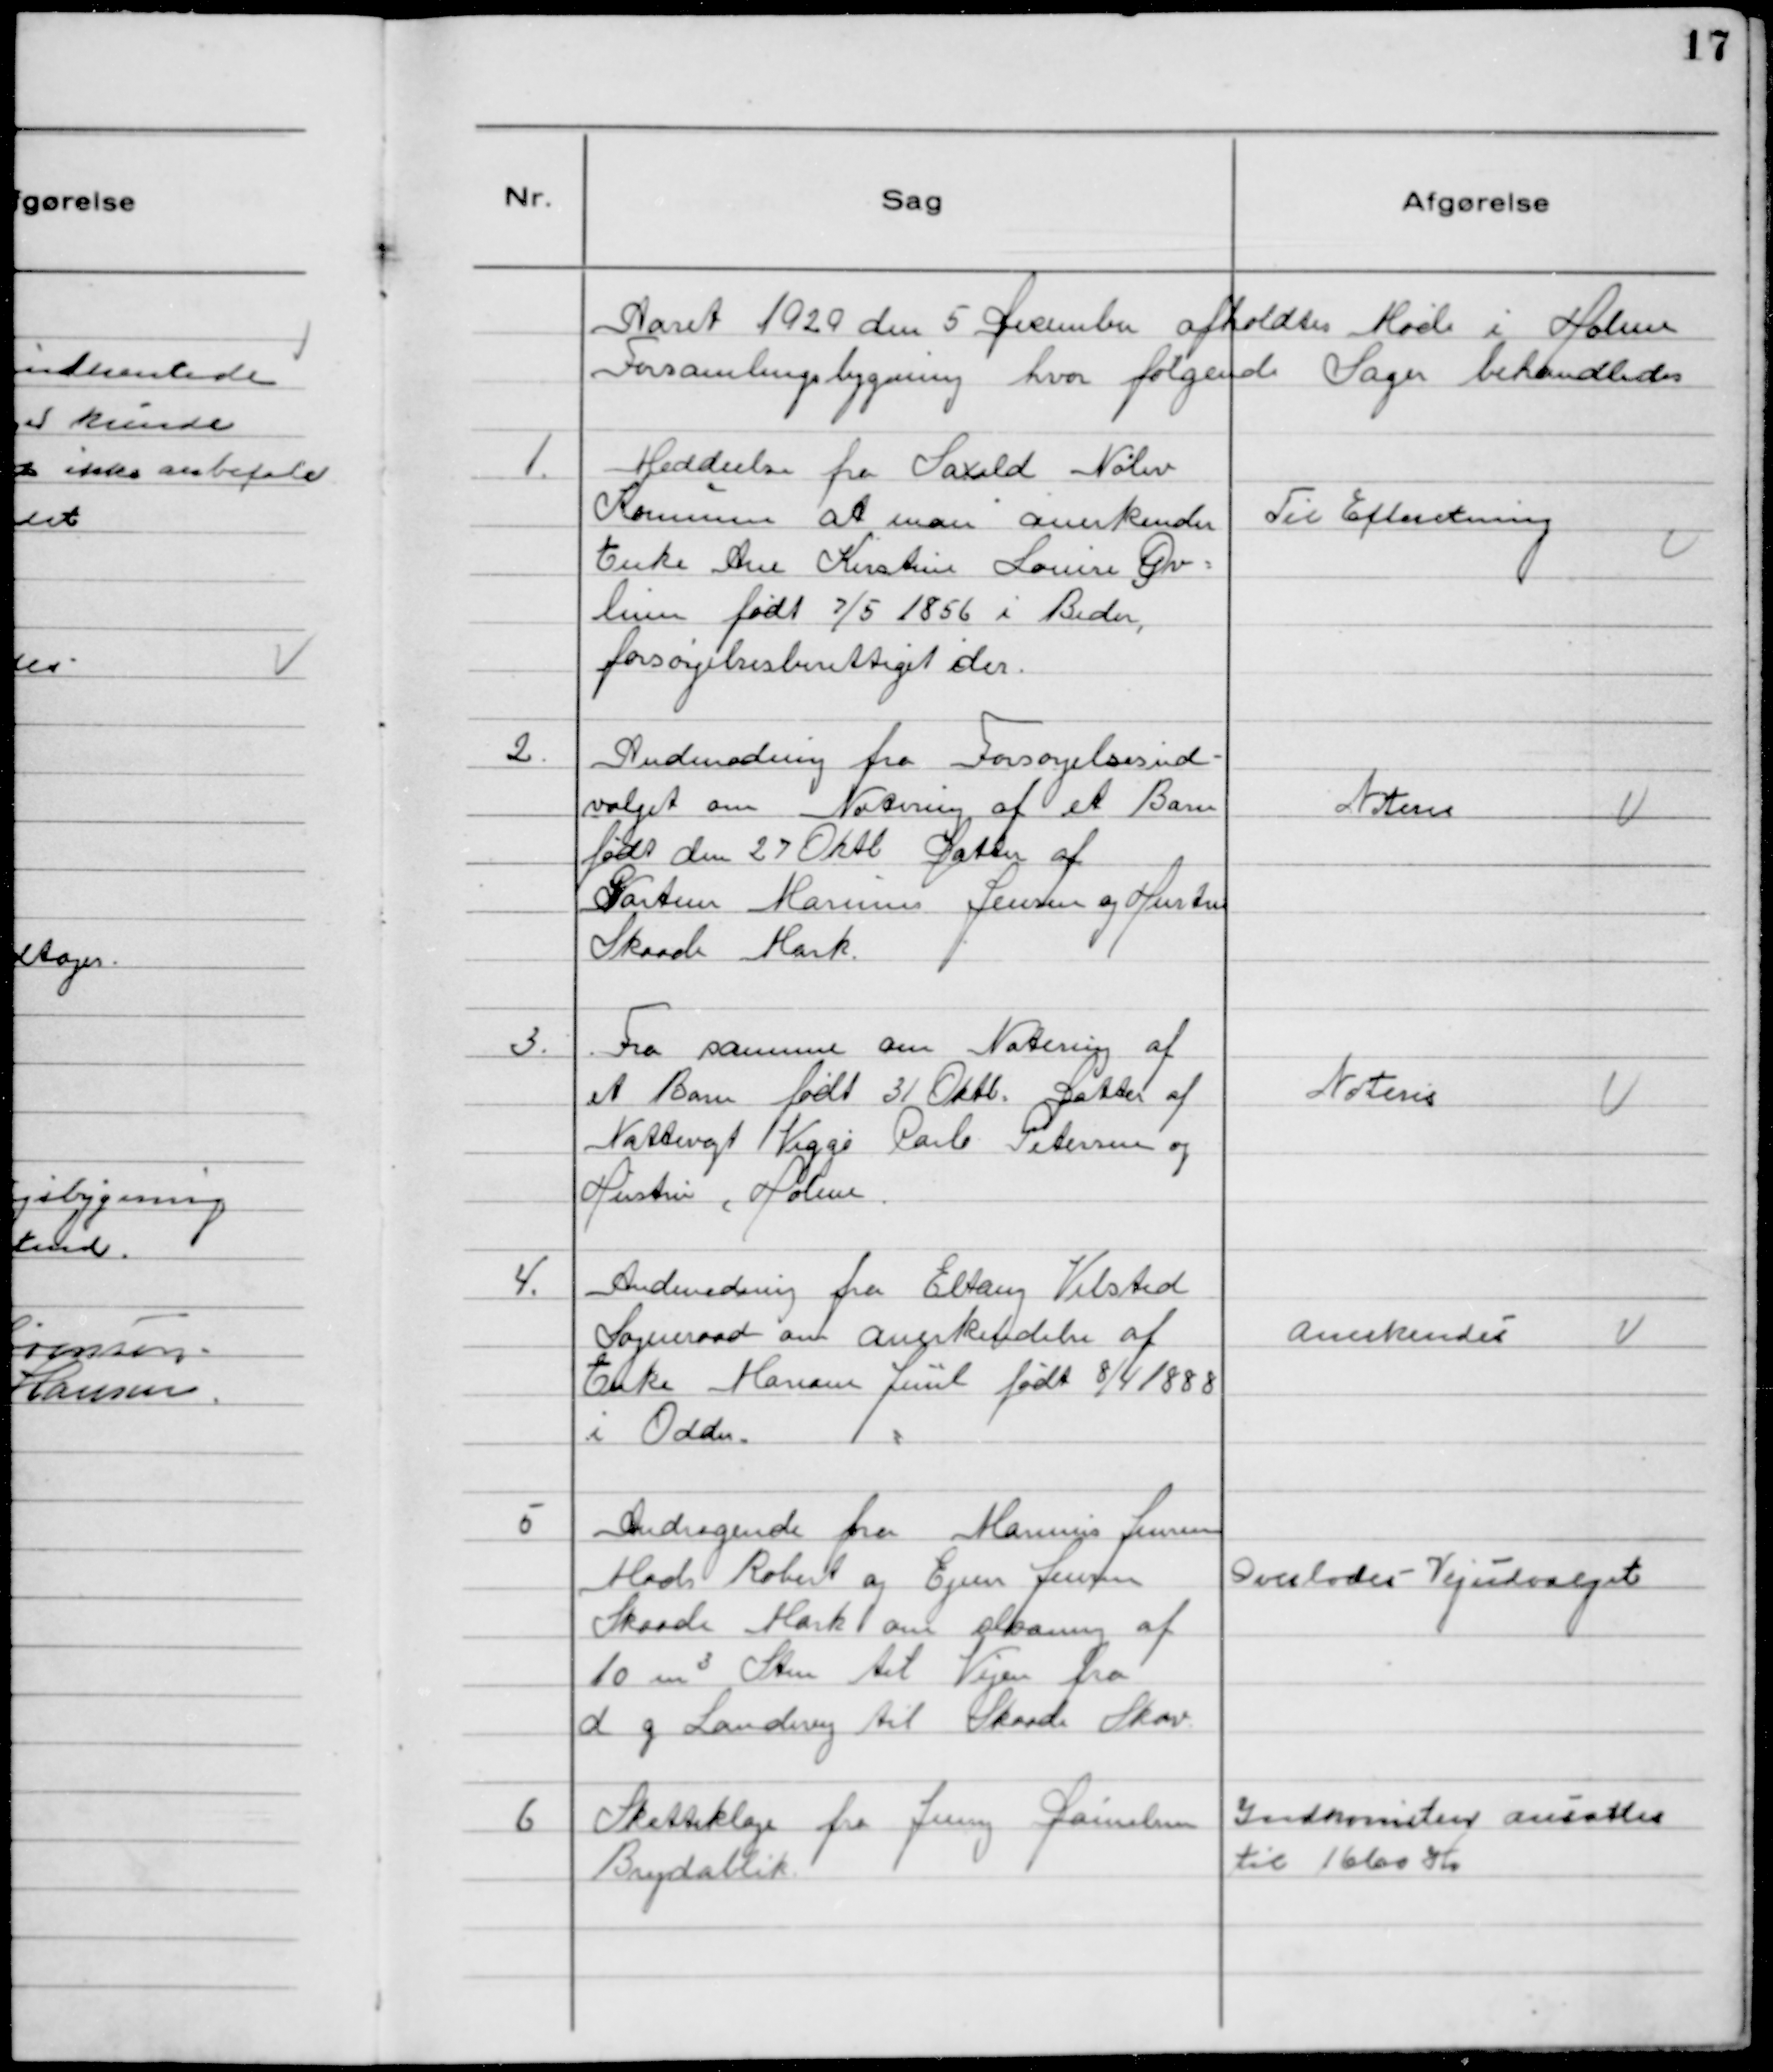
Transskription:
Aaret 1929 den 5 December afholdtes Møde i Holme
Forsamlingsbygning hvor følgende Sager behandledes

1. Meddeelse fra Saxild Nølev
Kommune at man anerkender
Enke Ane Kirstine Louise Øv-
lesen født 7/5 1856 i Beder,
forsørgelsesberettiget der.

Til Efterretning

2. Andmodning fra Forsorgelsesud-
valget om Notering af et Barn
født den 27 Oktb Datter af
Gartner Marinus Jensen og Hustru
Skaade Mark.

Noteres

3. Fra samme om Notering af
et Barn født 31 Oktb. Datter af
Nattevagt Viggo Carl Petersen og
Hustru, Holme.

Noteres

4. Andmodning fra Eltang Vilsted
Sogneraad om Anerkendelse af
Enke Mariane Juūl født 8/4 1888
i Odder.

Anerkendeś

5 Andragende fra Marinus Jensen
Mads Robert og Ejner Jensen
Skaade Mark om planing af
10 m3 Sten til Vejen fra
d g Landevej til Skaade Skov.

Overlodes Vejudvalget

6 Skatteklage fra Jenny Danielsen
Brydablik

Indkomsten anśattes
til 16100 Kr